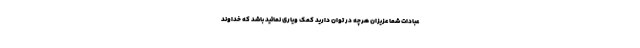
عبادات شما عزیزان هرچه در توان دارید کمک ویاری نمائید باشد که خداوند